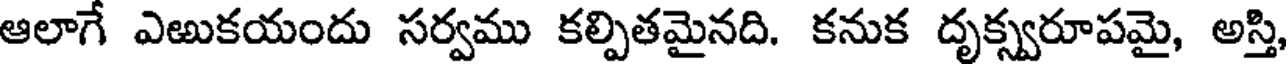
ఆలాగే ఎఱుకయందు సర్వము కల్పితమైనది. కనుక దృక్స్వరూపమై, అస్తి